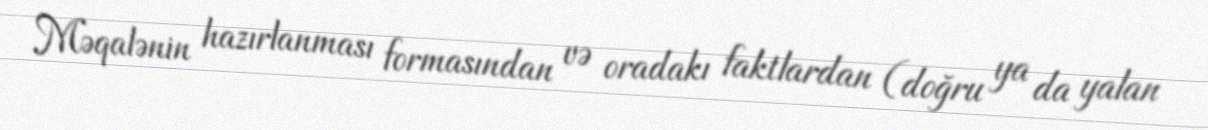
Məqalənin hazırlanması formasından və oradakı faktlardan (doğru ya da yalan